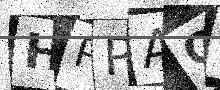
Text: HPPAO2